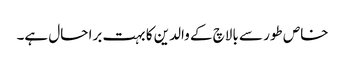
خاص طور سے بالاچ کے والدین کا بہت برا حال ہے۔